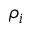
\rho _ { i }